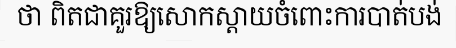
ថា ពិតជាគួរឱ្យសោកស្តាយចំពោះការបាត់បង់